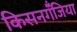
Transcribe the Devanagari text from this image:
किसनगॅँजिया